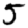
Digit: 5